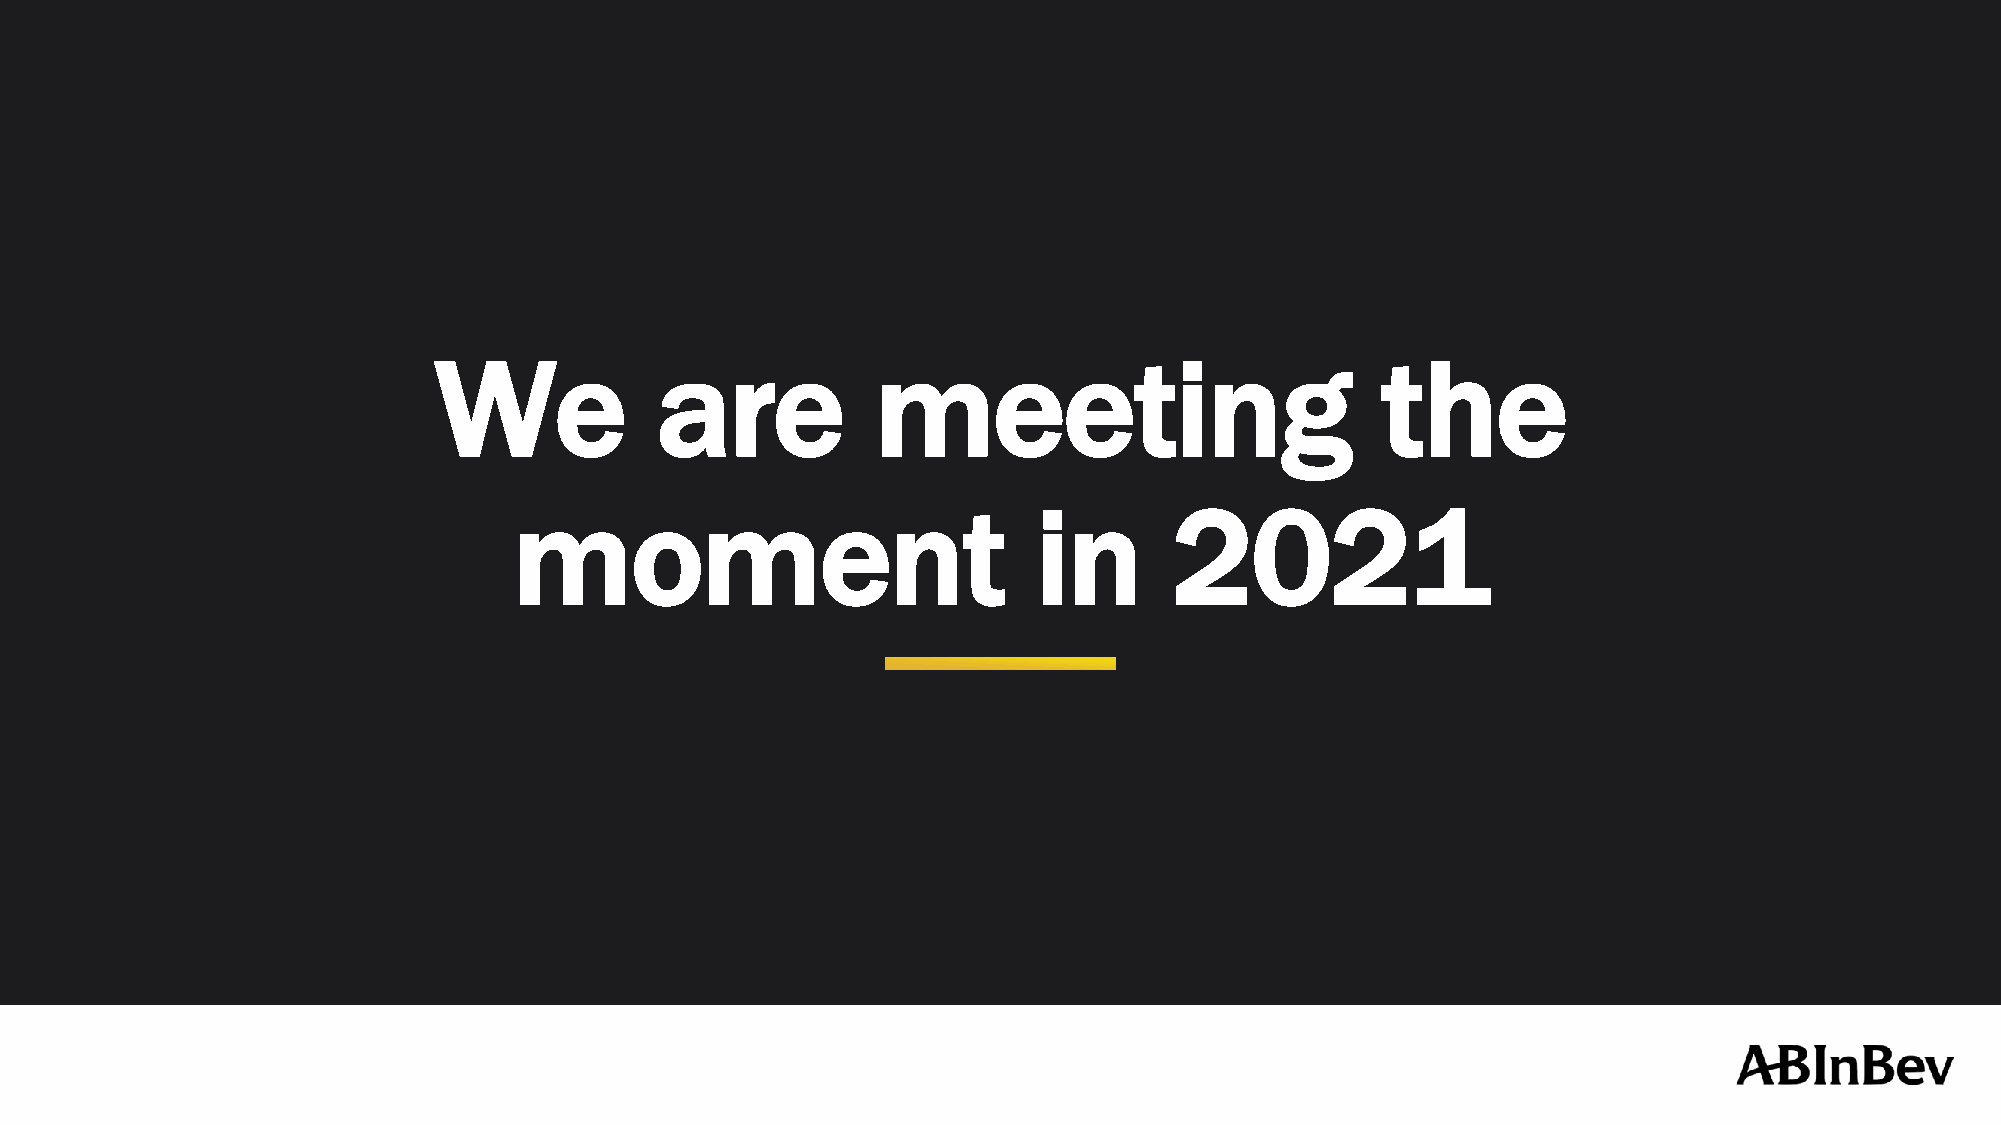
We            are            meeting                          the
 moment                             in       2021